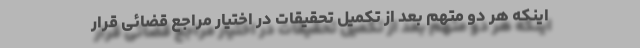
اینکه هر دو متهم بعد از تکمیل تحقیقات در اختیار مراجع قضائی قرار